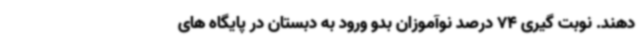
دهند. نوبت گیری 74 درصد نوآموزان بدو ورود به دبستان در پایگاه های